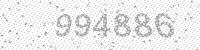
Solution: 994886